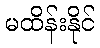
မထိန်းနိုင်